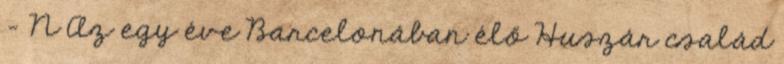
- N Az egy éve Barcelonában élő Huszár család